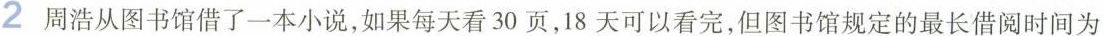
2 周浩从图书馆借了一本小说，如果每天看30页，18天可以看完，但图书馆规定的最长借阅时间为